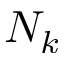
N _ { k }